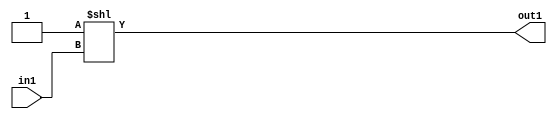
`timescale 1ps / 1ps
/*****************************************************************************
    Verilog RTL Description
    
    
    Created by: Stratus DpOpt 2019.1.01 
*******************************************************************************/

module DC_Filter_DECODE_8U_11_4 (
	in1,
	out1
	); /* architecture "behavioural" */ 
input [2:0] in1;
output [7:0] out1;
wire [7:0] asc001;

assign asc001 = 8'B00000001 << in1;

assign out1 = asc001;
endmodule

/* CADENCE  urjzSQs= : u9/ySgnWtBlWxVPRXgAZ4Og= ** DO NOT EDIT THIS LINE ******/